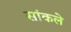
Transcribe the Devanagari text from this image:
सांकले